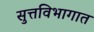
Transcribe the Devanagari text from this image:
सुत्तविभागात